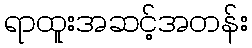
ရာထူးအဆင့်အတန်း